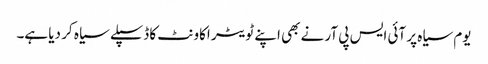
یوم سیاہ پر آئی ایس پی آر نے بھی اپنے ٹویٹر اکاونٹ کا ڈسپلے سیاہ کر دیا ہے۔